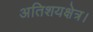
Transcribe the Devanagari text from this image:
अतिशयक्षेत्र।